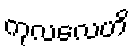
ကုလလေဟိ